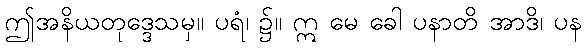
ဤအနိယတုဒ္ဒေသမှ။ ပရံ၊ ၌။ ဣ မေ ခေါ ပနာတိ အာဒိ၊ ပန